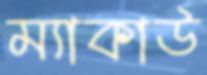
ম্যাকাউ